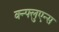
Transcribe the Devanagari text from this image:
क्न्फ्लुएन्स